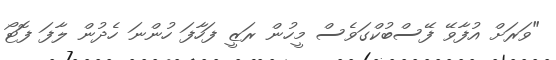
"ވަރަށް އުފާވޭ ފޭސްބުކްގަވެސް މީހުން ރަޒީ ފަހާފަ ހުންނަ ހެދުން ލާފަ ފޮޓޯ